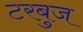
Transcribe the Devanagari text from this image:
टरबुज